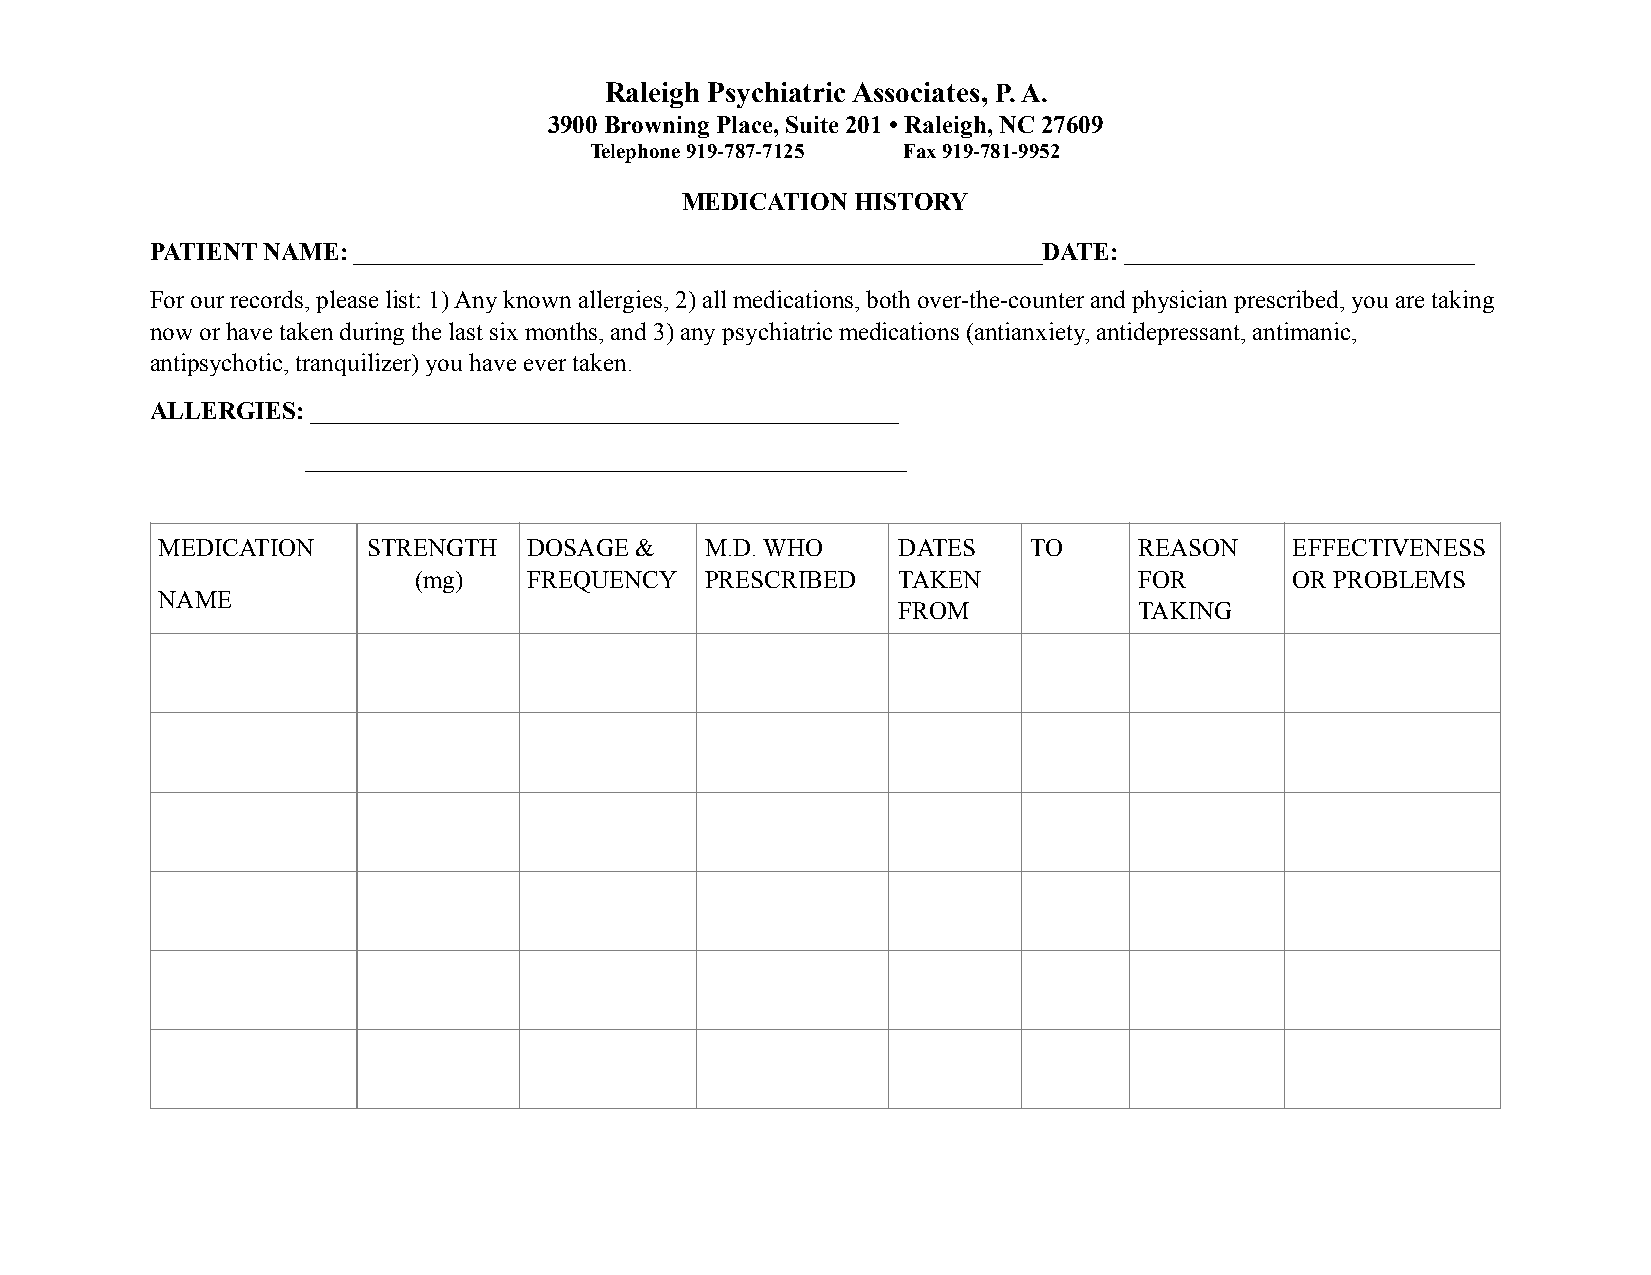
Raleigh Psychiatric Associates, P. A.
 3900 Browning Place, Suite 201 • Raleigh, NC 27609
 Telephone 919-787-7125 Fax 919-781-9952
 MEDICATION  HISTORY
 PATIENT NAME: _______________________________________________________DATE: ____________________________
 For our records, please list: 1) Any known allergies, 2) all medications, both over-the-counter and physician prescribed, you are taking
 now or have taken during the last six months, and 3) any psychiatric medications (antianxiety, antidepressant, antimanic,
 antipsychotic, tranquilizer) you have ever taken.
 ALLERGIES: _______________________________________________
 ________________________________________________
 MEDICATION    STRENGTH   DOSAGE &    M.D. WHO    DATES    TO     REASON     EFFECTIVENESS
 (mg)    FREQUENCY   PRESCRIBED  TAKEN           FOR        OR PROBLEMS
 NAME
 FROM            TAKING